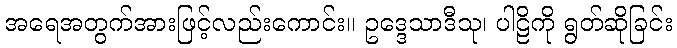
အရေအတွက်အားဖြင့်လည်းကောင်း။ ဥဒ္ဒေသာဒီသု၊ ပါဠိကို ရွတ်ဆိုခြင်း